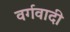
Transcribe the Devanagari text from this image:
वर्गवादी